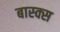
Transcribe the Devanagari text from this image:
बास्क्स